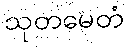
သုတမေတံ